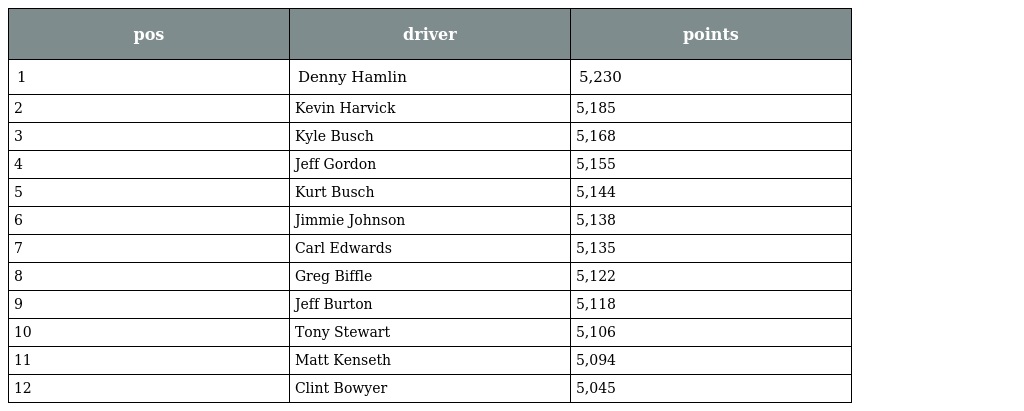
| pos | driver | points |
 | --- | --- | --- |
 | 1 | Denny Hamlin | 5,230 |
 | 2 | Kevin Harvick | 5,185 |
 | 3 | Kyle Busch | 5,168 |
 | 4 | Jeff Gordon | 5,155 |
 | 5 | Kurt Busch | 5,144 |
 | 6 | Jimmie Johnson | 5,138 |
 | 7 | Carl Edwards | 5,135 |
 | 8 | Greg Biffle | 5,122 |
 | 9 | Jeff Burton | 5,118 |
 | 10 | Tony Stewart | 5,106 |
 | 11 | Matt Kenseth | 5,094 |
 | 12 | Clint Bowyer | 5,045 |